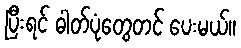
ပြီးရင် ဓါတ်ပုံတွေတင် ပေးမယ်။